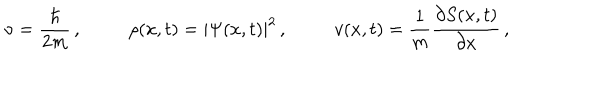
\nu = \frac { \hbar } { 2 m } \, , \rho ( x , t ) = | \Psi ( x , t ) | ^ { 2 } \, , v ( x , t ) = \frac { 1 } { m } \frac { \partial S ( x , t ) } { \partial x } \, ,